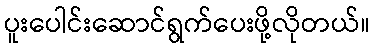
ပူးပေါင်းဆောင်ရွက်ပေးဖို့လိုတယ်။